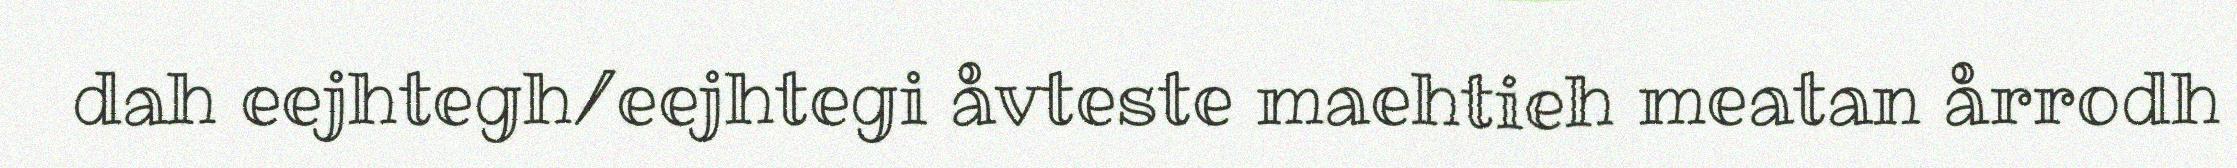
dah eejhtegh/eejhtegi åvteste maehtieh meatan årrodh